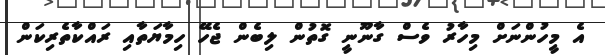
އެ މީހުންނަށް މިހާރު ވެސް ގާނޫނީ ގޮތުން ލިބެން ޖެހޭ ހިމާޔަތާއި ރައްކާތެރިކަން